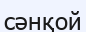
сәнқой